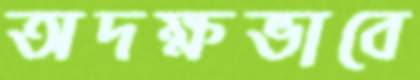
অদক্ষভাবে